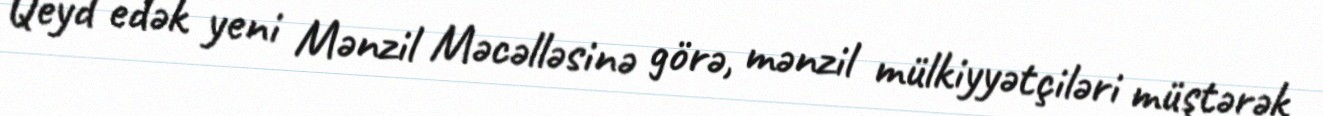
Qeyd edək yeni Mənzil Məcəlləsinə görə, mənzil mülkiyyətçiləri müştərək